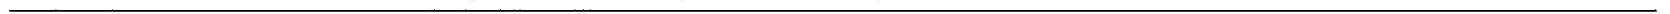
___